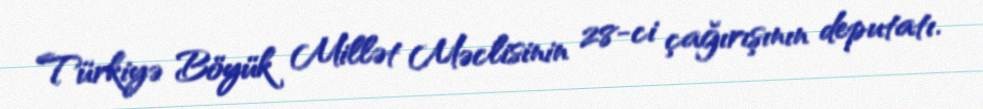
Türkiyə Böyük Millət Məclisinin 28-ci çağırışının deputatı.